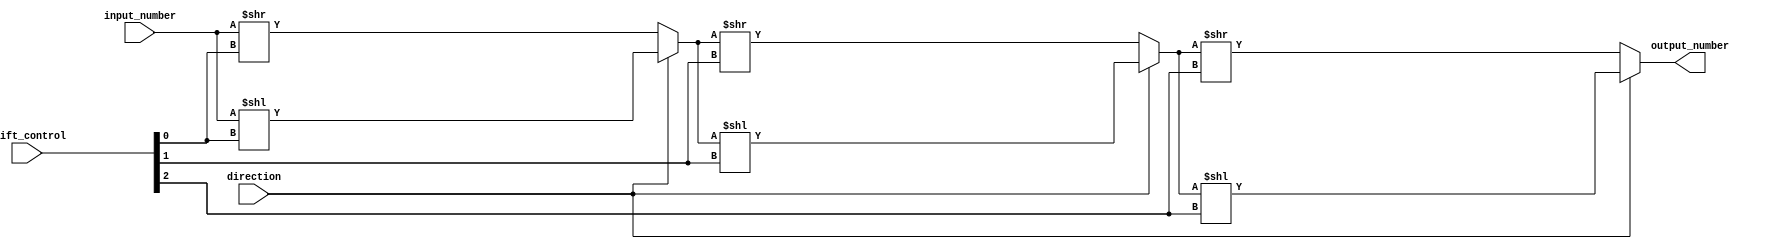
module barrel_shifter (
    input [7:0] input_number,
    input [2:0] shift_control,
    input direction,
    output reg [7:0] output_number
);

wire [7:0] stage1_output;
wire [7:0] stage2_output;
wire [7:0] stage3_output;

assign stage1_output = direction ? (input_number << shift_control[0]) : (input_number >> shift_control[0]);
assign stage2_output = direction ? (stage1_output << shift_control[1]) : (stage1_output >> shift_control[1]);
assign stage3_output = direction ? (stage2_output << shift_control[2]) : (stage2_output >> shift_control[2]);

always @ (input_number, shift_control)
begin
    output_number = stage3_output;
end

endmodule